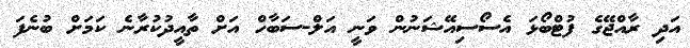
އަދި ރާއްޖޭގެ ފުޓްބޯޅަ އެސޯސިއޭޝަނުން ވަނީ އަލް-ސަބާހް އަށް ތާއީދުކުރާނެ ކަމަށް ބުނެފަ